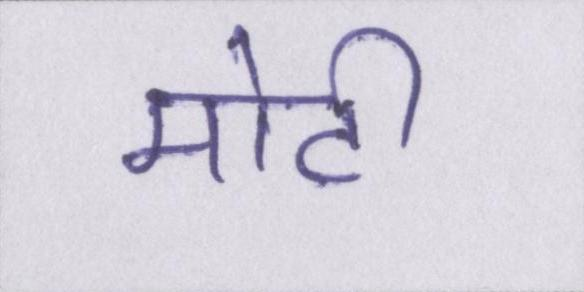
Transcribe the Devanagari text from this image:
मोटी